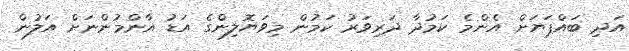
އަދި ބައްޕަޔަށް އެންމެ ކަމުދާ ދަރިވަރު ކަމުން މިވަޔޮލިންގެ އަޑު އާންމުންނަށް އަލުން